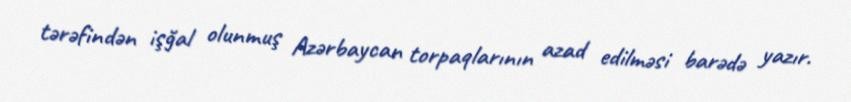
tərəfindən işğal olunmuş Azərbaycan torpaqlarının azad edilməsi barədə yazır.